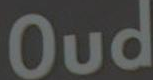
Oud